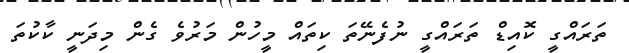
ތަރައްގީ ކޮއިޑް ތަރައްގީ ނުފެނޭތަ ކިތައް މީހުން މަރުވެ ގެން މިދަނީ ކާކުތަ